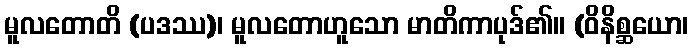
မူလတောတိ (ပဒဿ)၊ မူလတောဟူသော မာတိကာပုဒ်၏။ (ဝိနိစ္ဆယော၊